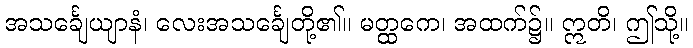
အသင်္ချေယျာနံ၊ လေးအသင်္ချေတို့၏။ မတ္ထကေ၊ အထက်၌။ ဣတိ၊ ဤသို့။